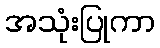
အသုံးပြုကာ